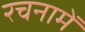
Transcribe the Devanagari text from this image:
रचनामें